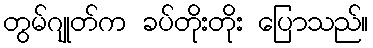
တွမ်ဂျုတ်က ခပ်တိုးတိုး ပြောသည်။